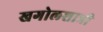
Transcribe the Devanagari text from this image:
खगोलशात्री